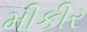
મીકીર